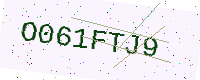
Text: O061FTJ9